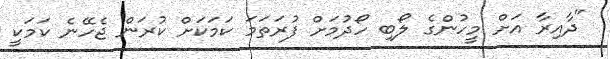
"ދާއިރާ އަށް މީހުންގެ ލޯބި ހޯދުމަށް ފުރަތަމަ ކަމަކަށް ކުރަން ޖެހޭނެ ކަމަކީ